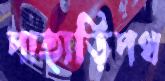
পাহাড়িপথ